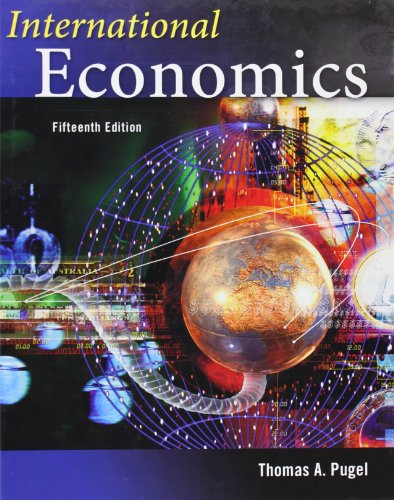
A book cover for International Economics; Thomas Pugel; Business & Money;